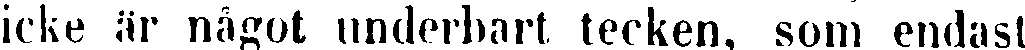
icke är något underhart tecken, som endast